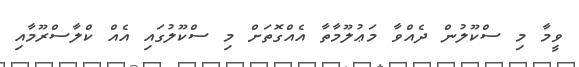
ވީމާ މި ސްކޫލުން ދެއްވާ މަޢުލޫމާތާ އެއްގޮތަށް މި ސްކޫލުގައި އެއް ކްލާސްރޫމާއި